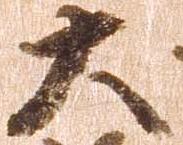
大